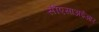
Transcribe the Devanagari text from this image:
सीएसाअईआर